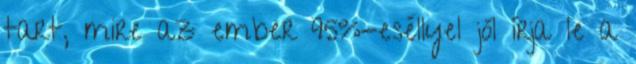
tart, mire az ember 95%-eséllyel jól írja le a